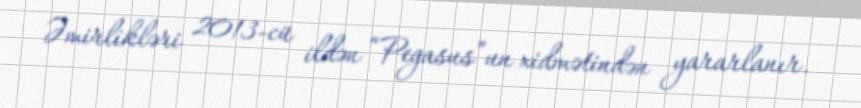
Əmirlikləri 2013-cü ildən “Pegasus”un xidmətindən yararlanır.